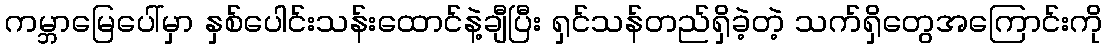
ကမ္ဘာမြေပေါ်မှာ နှစ်ပေါင်းသန်းထောင်နဲ့ချီပြီး ရှင်သန်တည်ရှိခဲ့တဲ့ သက်ရှိတွေအကြောင်းကို